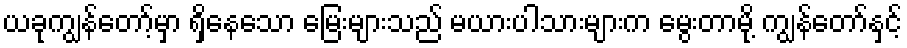
ယခုကျွန်တော့်မှာ ရှိနေသော မြေးများသည် မယားပါသားများက မွေးတာမို့ ကျွန်တော်နှင့်